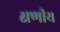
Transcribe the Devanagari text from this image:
क्षणीय